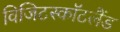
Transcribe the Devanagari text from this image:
विजिटस्कॉटलैंड